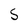
Character: S